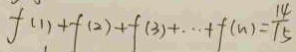
f ( 1 ) + f ( 2 ) + f ( 3 ) + \cdots + f ( n ) = \frac { 1 4 } { 1 5 }